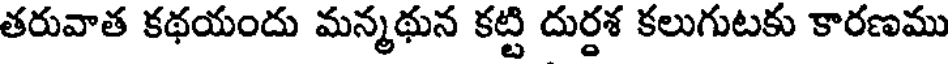
తరువాత కథయందు మన్మథున కట్టి దుర్దశ కలుగుటకు కారణము